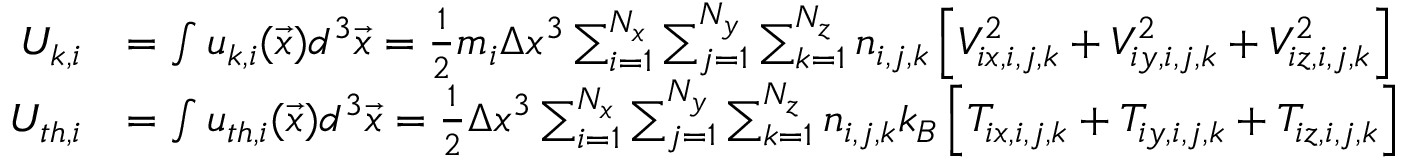
\begin{array} { r l } { U _ { k , i } } & { = \int u _ { k , i } ( \vec { x } ) d ^ { 3 } \vec { x } = \frac { 1 } { 2 } m _ { i } \Delta x ^ { 3 } \sum _ { i = 1 } ^ { N _ { x } } \sum _ { j = 1 } ^ { N _ { y } } \sum _ { k = 1 } ^ { N _ { z } } n _ { i , j , k } \left[ V _ { i x , i , j , k } ^ { 2 } + V _ { i y , i , j , k } ^ { 2 } + V _ { i z , i , j , k } ^ { 2 } \right] } \\ { U _ { t h , i } } & { = \int u _ { t h , i } ( \vec { x } ) d ^ { 3 } \vec { x } = \frac { 1 } { 2 } \Delta x ^ { 3 } \sum _ { i = 1 } ^ { N _ { x } } \sum _ { j = 1 } ^ { N _ { y } } \sum _ { k = 1 } ^ { N _ { z } } n _ { i , j , k } k _ { B } \left[ T _ { i x , i , j , k } + T _ { i y , i , j , k } + T _ { i z , i , j , k } \right] } \end{array}